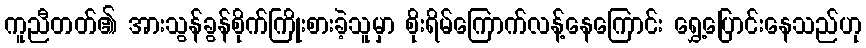
ကူညီတတ်၏ အားသွန်ခွန်စိုက်ကြိုးစားခဲ့သူမှာ စိုးရိမ်ကြောက်လန့်နေကြောင်း ရွှေ့ပြောင်းနေသည်ဟု